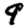
Digit: 9